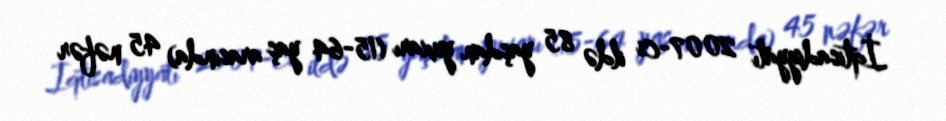
İqtisadiyyatı 2007-ci ildə 85 yaşdan yuxarı (15-64 yaş arasında) 45 nəfər